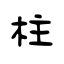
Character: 柱